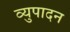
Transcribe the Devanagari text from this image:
व्युपादन